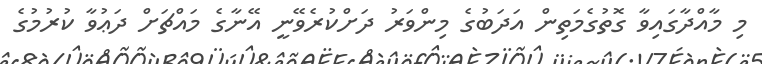
މި މާއްދާގައިވާ ގޮތުގެމަތިން އަދަބުގެ މިންވަރު ދަށްކުރެވޭނީ އޭނާގެ މައްޗަށް ދަޢުވާ ކުރުމުގެ